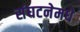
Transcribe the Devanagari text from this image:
संघटनेमधे